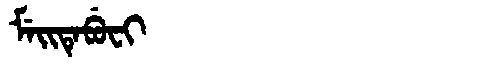
Manchu: ᠮᡝᡳᡨᡝᠪᡠᠸᡳ
Romanization: MEITEBUFI